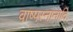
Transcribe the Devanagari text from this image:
वाष्पस्नानादि